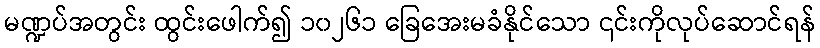
မဏ္ဍပ်အတွင်း ထွင်းဖေါက်၍ ၁၀၂၆၁ ခြေအေးမခံနိုင်သော ၎င်းကိုလုပ်ဆောင်ရန်